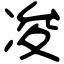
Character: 𠗕